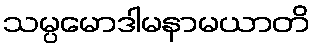
သမ္ပမောဒါမနာမယာတိ